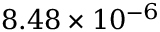
8 . 4 8 \times 1 0 ^ { - 6 }